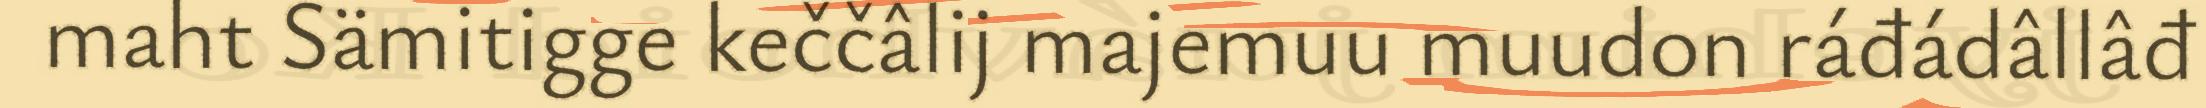
maht Sämitigge keččâlij majemuu muudon ráđádâllâđ